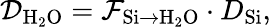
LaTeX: \mathcal{D}_{\mathrm{{H_{2}O}}}=\mathcal{F}_{\mathrm{{Si}\rightarrow\mathrm{{H_{2}O}}}}\cdot D_{\mathrm{{Si}}},